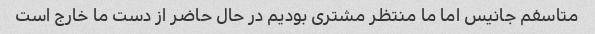
متاسفم جانیس اما ما منتظر مشتری بودیم در حال حاضر از دست ما خارج است